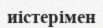
иістерімен